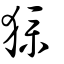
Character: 獛